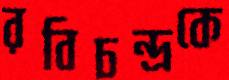
রবিচন্দ্রকে